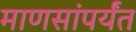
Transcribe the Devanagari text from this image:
माणसांपर्यंत